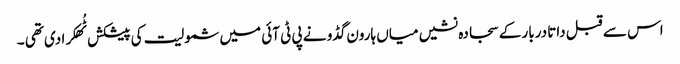
اس سے قبل داتا دربار کے سجادہ نشیں میاں ہارون گڈو نے پی ٹی آئی میں شمولیت کی پیشکش ٹُھکرا دی تھی ۔